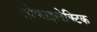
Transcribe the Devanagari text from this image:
प्रोफाइलेक्टिक